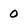
Character: 0